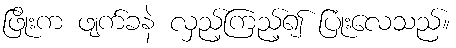
ဖြိုးက ဖျက်ခနဲ လှည့်ကြည့်၍ ပြုံးလေသည်။